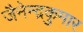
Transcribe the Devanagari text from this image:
जैनेन्द्रकुमार